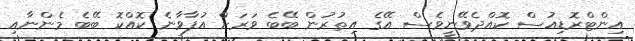
އިންޓްރޮޑިއުސް ކޮއްދެވޭނީވެސް އޭގެ އިތުރުން ބޭބެ ވަރަށް އުފާވާނެ ކޮއްކޮ ބޭބެ މެންނާއި